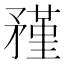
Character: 𥎊